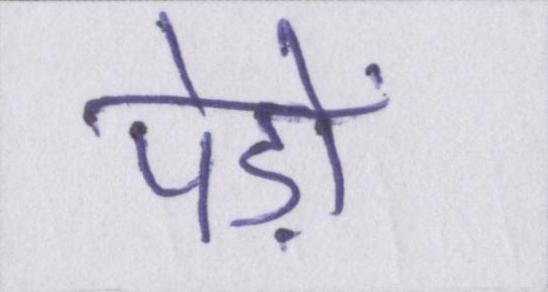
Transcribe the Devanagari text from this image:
पेड़ों